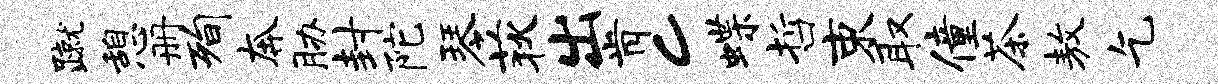
蹴憩册洵奔胁封陀琴荻出肯c蝶哲束取僮茶敖乞